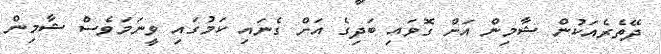
ދޭތެރެއަކުން ޝާމިން އަށް ގޮވައި ބަދިގެ އަށް ގެނައި ކަމުގައި ވީނަމަވެސް ޝާމިން